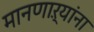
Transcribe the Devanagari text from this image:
मानणाऱ्यांना